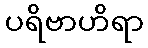
ပရိဗာဟိရာ